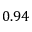
0 . 9 4